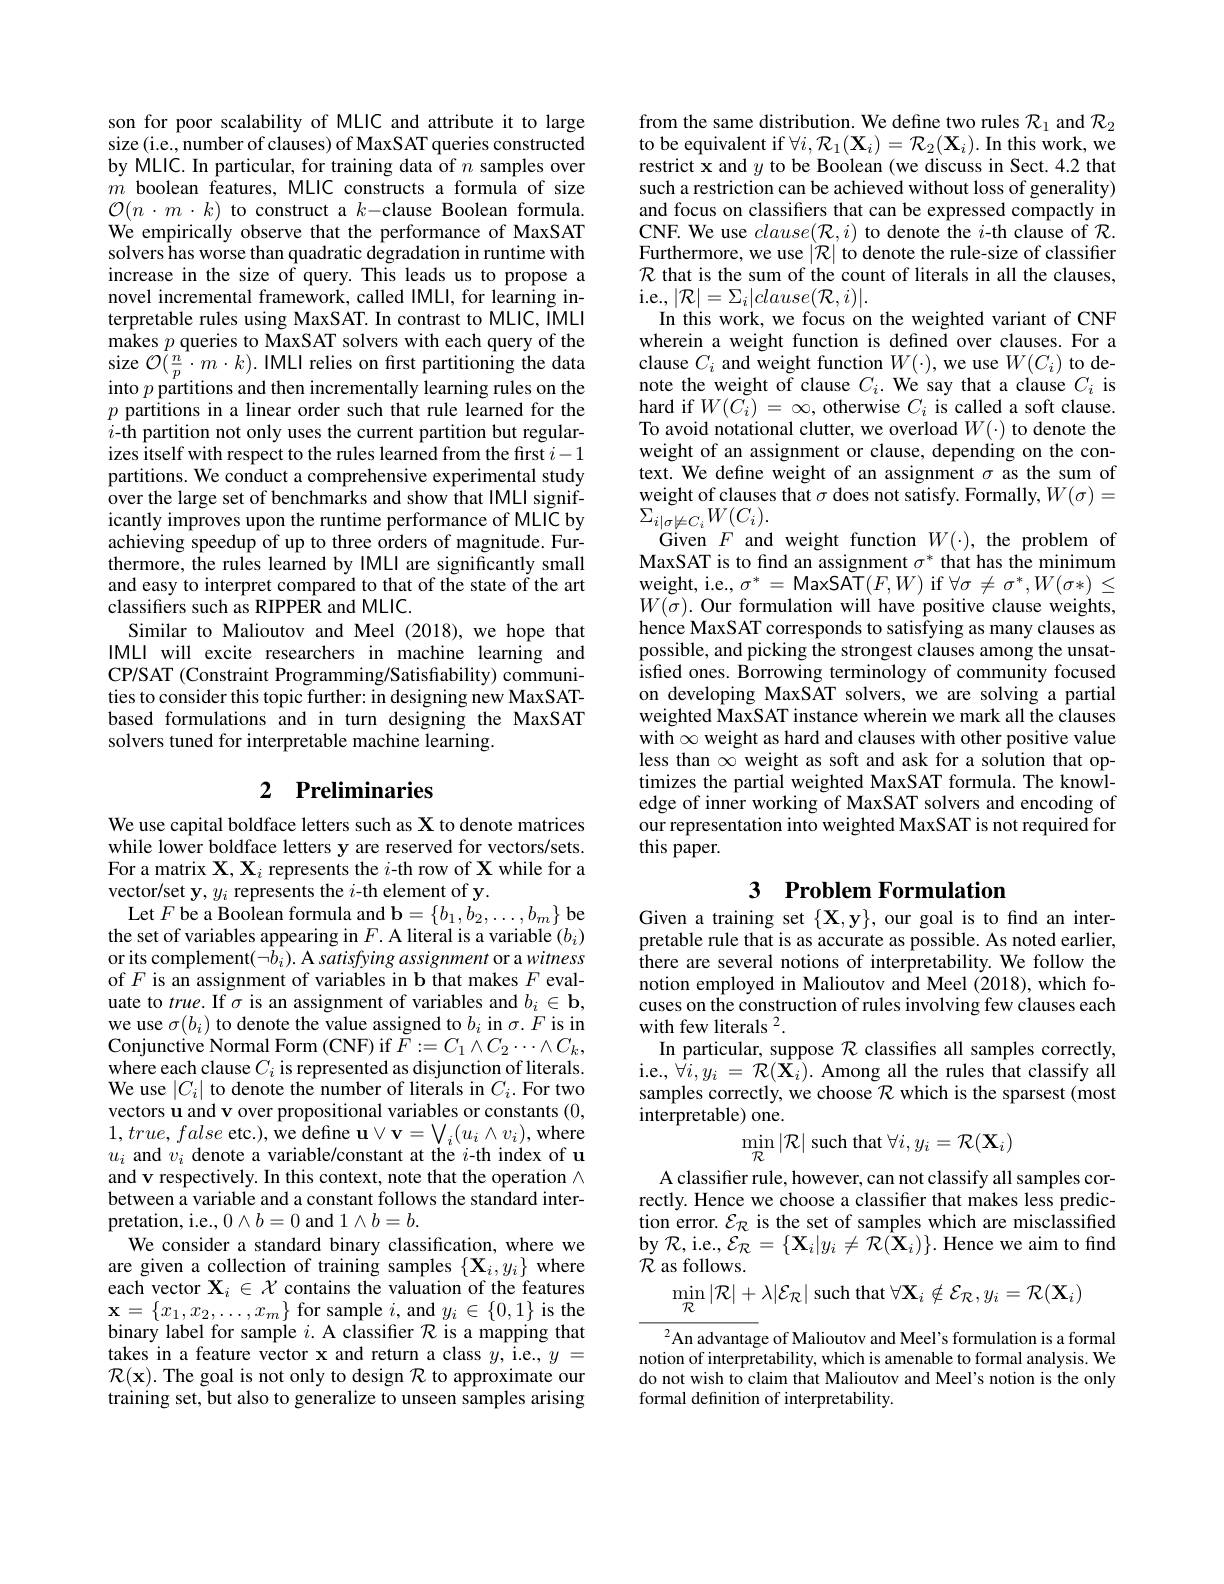
son for poor scalability of MLIC and attribute it to large size(i.e., number of clauses) of MaxSAT queries constructed by MLIC. In particular, for training data of $n$ samples over $m$ boolean features, MLIC constructs a formula of size $\mathcal{O}(n\cdot m\cdot k)$ to construct a $k-$clause Boolean formula. We empirically observe that the performance of MaxSAT solvers has worse than quadratic degradation in runtime with increase in the size of query. This leads us to propose a novel incremental framework, called IMLI, for learning interpretable rules using MaxSAT. In contrast to MLIC, IMLI makes $p$ queries to MaxSAT solvers with each query of the $\begin{array}{l}{\mathrm{size~}\mathcal{O}(\frac{n}{p}\cdot m\cdot k).\mathrm{~IMLI~relies~on~first~partitioning~the~data}}\\{\mathrm{into~}p\text{ partitions and then incrementally learning rules on the}}\end{array}$ $p$ partitions in a linear order such that rule learned for the $i$-th partition not only uses the current partition but regularizes itself with respect to the rules learned from the first $i-1$ partitions. We conduct a comprehensive experimental study over the large set of benchmarks and show that IMLI significantly improves upon the runtime performance of MLIC by achieving speedup of up to three orders of magnitude. Furthermore, the rules learned by IMLI are significantly small and easy to interpret compared to that of the state of the art classifiers such as RIPPER and MLIC.
Similar to Malioutov and Meel (2018),we hope that IMLI will excite researchers in machine learning and CP/SAT (Constraint Programming/Satisfiability) communities to consider this topic further: in designing new MaxSATbased formulations and in turn designing the MaxSAT solvers tuned for interpretable machine learning.

# 2 Preliminaries

We use capital boldface letters such as X to denote matrices while lower boldface letters y are reserved for vectors/sets. For a matrix $\mathbf{X},\mathbf{X}_i$ represents the $i$-th row of X while for a vector/set y, $y_i$ represents the $i$-th element of y.
Let $F$ be a Boolean formula and $\mathbf{b}=\{b_1,\tilde{b}_2,\ldots,b_m\}$ be the set of variables appearing in $F.$ A literal is a variable $(b_i)$ or its complement(¬bi). A satisfying assignment or a witness of $F$ is an assignment of variables in b that makes $F$ evaluate to $true.$ If $\bar\sigma$ is an assignment of variables and $b_i\in\mathbf{b}$, we use $\sigma(b_i)$ to denote the value assigned to $b_i$ in $\sigma.F$ is in Conjunctive Normal Form ( CNF) if $\tilde{F} : = C_{1}\wedge C_{2}\cdots \wedge C_{k}$, where each clause $C_i$ is represented as disjunction of literals. We use $|C_i|$ to denote the number of literals in $C_i.$ For two vectors u and v over propositional variables or constants (0, $1,true,false$ etc.), we define $\mathbf{u}\lor\mathbf{v}=\bigvee_{i}(u_{i}\land v_{i})$,where $u_{i}$ and $v_i$ denote a variable/constant at the $i$-th index of u and v respectively. In this context, note that the operation $\wedge$ between a variable and a constant follows the standard interpretation, i.e., $0\land b=0$ and $1\land b=b.$
We consider a standard binary classification, where we are given a collection of training samples $\{\mathbf{X}_{i},y_{i}\}$ where each vector $\mathbf{X}_i\in\mathcal{X}$ contains the valuation of the features $\mathbf{x}=\{x_1,x_2,\ldots,x_m\}$ for sample $i$, and $y_i\in\{0,1\}$ is the binary label for sample $i.$ A classifier $\mathcal{R}$ is a mapping that takes in a feature vector x and return a class $y$,i.e., $y=$ $\mathcal{R}(\mathbf{x}).$ The goal is not only to design $\mathcal{R}$ to approximate our training set, but also to generalize to unseen samples arising

from the same distribution. We define two rules $\mathcal{R}_1$ and $\mathcal{R}_2$ to be equivalent if $\forall i,\mathcal{R}_1(\mathbf{X}_i)=\mathcal{R}_2(\mathbf{X}_i).$ In this work, we restrict x and $y$ to be Boolean (we discuss in Sect.4.2 that such a restriction can be achieved without loss of generality) and focus on classifiers that can be expressed compactly in CNF. We use $clause(\mathcal{R},i)$ to denote the $i$-th clause of $\mathcal{R}.$ Furthermore, we use $|\mathcal{R}|$ to denote the rule-size of classifier $\mathcal{R}$ that is the sum of the count of literals in all the clauses, i.e., $|\mathcal{R}|=\Sigma_{i}|clause(\mathcal{R},i)|.$
In this work, we focus on the weighted variant of CNF wherein a weight function is defined over clauses. For a clause $C_i$ and weight function $W(\cdot)$, we use $W(C_i)$ to denote the weight of clause $C_i.$ We say that a clause $C_i$ is hard if $W(\bar{C_{i}})=\infty$, otherwise $C_i$ is called a soft clause. To avoid notational clutter, we overload $W(\cdot)$ to denote the weight of an assignment or clause, depending on the context. We define weight of an assignment $\sigma$ as the sum of weight of clauses that $\sigma$ does not satisfy. Formally, $W(\sigma)=$ $\sum_{i|\sigma\models C_{i}}W(C_{i}).$
Given $F$ and weight function $W(\cdot)$, the problem of MaxSAT is to find an assignment $\sigma^*$ that has the minimum weight, i.e., $\sigma^*=$MaxSAT$(F,W)$ if $\forall\sigma\neq\sigma^*,W(\sigma*)\leq$ $W(\tilde{\sigma}).$ Our formulation will have positive clause weights, hence MaxSAT corresponds to satisfying as many clauses as possible, and picking the strongest clauses among the unsatisfied ones. $\hat{Borrowing terminology of community focused}$ on developing MaxSAT solvers, we are solving a partial weighted MaxSAT instance wherein we mark all the clauses with $\infty$ weight as hard and clauses with other positive value less than $\infty$ weight as soft and ask for a solution that optimizes the partial weighted MaxSAT formula. The knowledge of inner working of MaxSAT solvers and encoding of our representation into weighted MaxSAT is not required for this paper.

## 3 $\textbf{Problem Formulation}$

Given a training set $\{\mathbf{X},\mathbf{y}\}$, our goal is to find an interpretable rule that is as accurate as possible. As noted earlier, there are several notions of interpretability. We follow the notion employed in Malioutov and Meel (2018), which focuses on the construction of rules involving few clauses each with few literals $^2.$
In particular, suppose $\mathcal{R}$ classifies all samples correctly, i.e., $\hat{\forall}i,y_{i}=\mathcal{R}(\hat{\mathbf{X}}_{i}).$ Among all the rules that classify all samples correctly, we choose $\mathcal{R}$ which is the sparsest (most interpretable) one.
$$\min_{\mathcal{R}}|\mathcal{R}|\text{such that}\forall i,y_i=\mathcal{R}(\mathbf{X}_i)$$
A classifier rule, however, can not classify all samples correctly. Hence we choose a classifier that makes less prediction error. $\mathcal{E}_{\mathcal R}$ is the set of samples which are misclassified $\operatorname { \mathrm{by~}} \mathcal{R} , \operatorname { \mathrm{i. e. , ~}} \mathcal{E} _{\mathcal{R} }= \{ \mathbf{X} _{i}| y_{i}\neq \mathcal{R} ( \mathbf{X} _{i}) \} .$Hence we aim to find $\mathcal{R}$ as follows.
$$\min_{\mathcal{R}}|\mathcal{R}|+\lambda|\mathcal{E}_{\mathcal{R}}|\text{such that}\forall\mathbf{X}_i\notin\mathcal{E}_{\mathcal{R}},y_i=\mathcal{R}(\mathbf{X}_i)$$
$^{2}$An advantage of Malioutov and Meel's formulation is a formal notion of interpretability, which is amenable to formal analysis. We do not wish to claim that Malioutov and Meel's notion is the only formal definition of interpretability.